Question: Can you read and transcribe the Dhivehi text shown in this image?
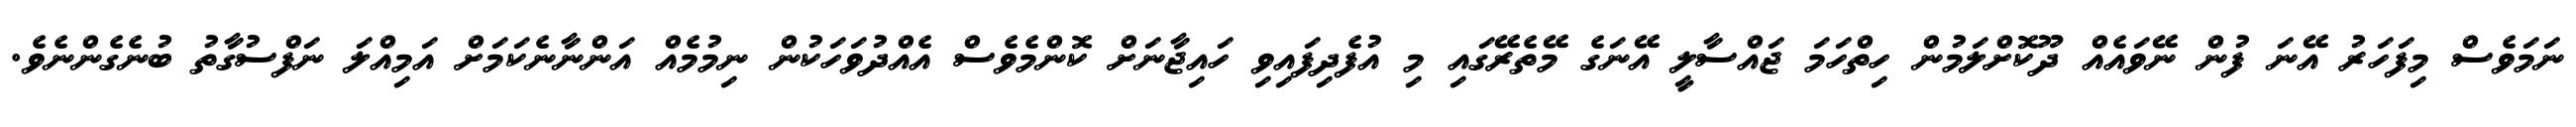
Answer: ނަމަވެސް މިފަހަރު އޭނަ ފުން ނޭވައެއް ދޫކޮށްލަމުން ހިތްހަމަ ޖައްސާލީ އޭނަގެ މޭތެރޭގައި މި އުފެދިފައިވި ހައިޖާނަށް ކޮންމެވެސް އެއްދުވަހަކުން ނިމުމެއް އަންނާނެކަމަށް އަމިއްލަ ނަފްސުގާތު ބުނެގެންނެވެ.